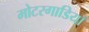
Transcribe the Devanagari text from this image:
मोटरगाडियाँ